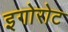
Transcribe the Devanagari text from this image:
इगोरोट